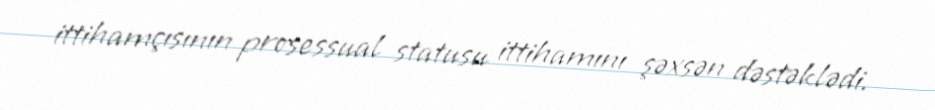
ittihamçısının prosessual statusu ittihamını şəxsən dəstəklədi.